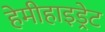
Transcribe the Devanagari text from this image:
हेमीहाइड्रेट